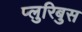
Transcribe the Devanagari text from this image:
प्लुरिबुस